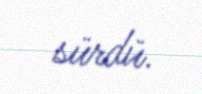
sürdü.